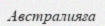
Австралияға